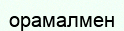
орамалмен